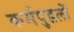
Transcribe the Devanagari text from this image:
कर्मपुद्गलों